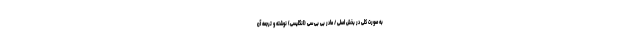
به صورت کلی در بخش اصلی / مادر بی بی سی (انگلیسی) نوشته و ترجمه آن